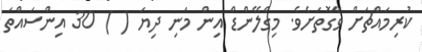
ކުރިމައްޗަށް ވާގޮތަށެވެ. މިގްލޭންޑް އިން މަނި ދިޔަ ( ) 30 އިންސައްތަ